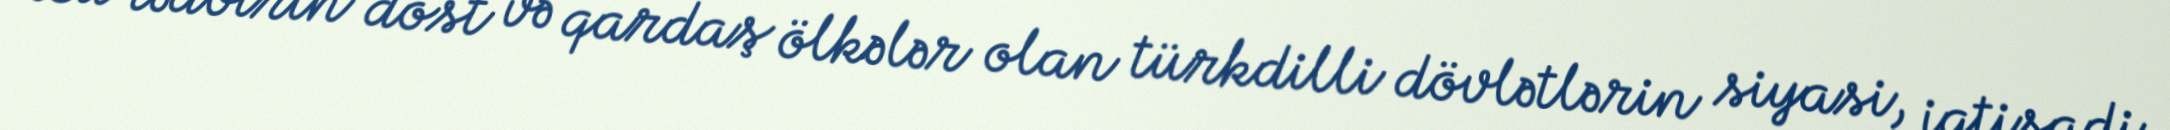
Bu tədbirin dost və qardaş ölkələr olan türkdilli dövlətlərin siyasi, iqtisadi,